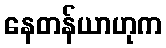
နေတန်ယာဟုက